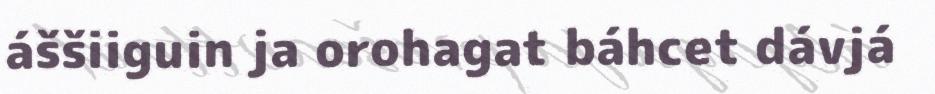
áššiiguin ja orohagat báhcet dávjá